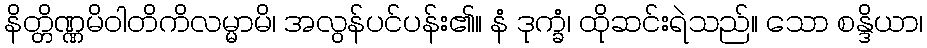
နိတ္တိဏ္ဏမိဝါတိကိလမ္မာမိ၊ အလွန်ပင်ပန်း၏။ နံ ဒုက္ခံ၊ ထိုဆင်းရဲသည်။ သော စန္ဒိယာ၊